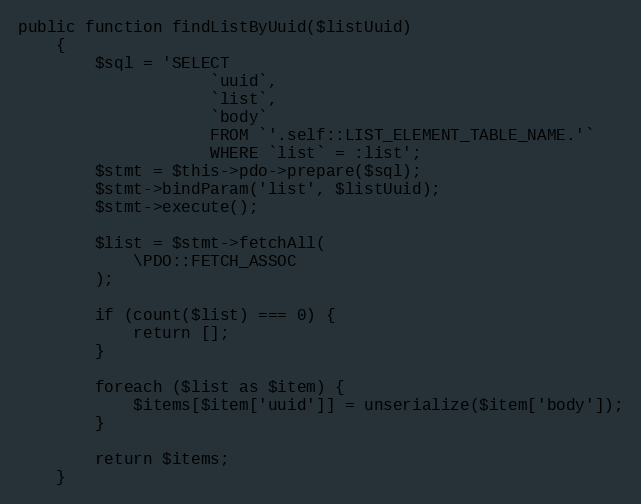
Language: PHP
public function findListByUuid($listUuid)
    {
        $sql = 'SELECT
                    `uuid`,
                    `list`,
                    `body`
                    FROM `'.self::LIST_ELEMENT_TABLE_NAME.'`
                    WHERE `list` = :list';
        $stmt = $this->pdo->prepare($sql);
        $stmt->bindParam('list', $listUuid);
        $stmt->execute();

        $list = $stmt->fetchAll(
            \PDO::FETCH_ASSOC
        );

        if (count($list) === 0) {
            return [];
        }

        foreach ($list as $item) {
            $items[$item['uuid']] = unserialize($item['body']);
        }

        return $items;
    }